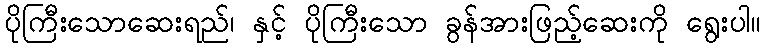
ပိုကြီးသောဆေးရည်၊ နှင့် ပိုကြီးသော ခွန်အားဖြည့်ဆေးကို ရွေးပါ။